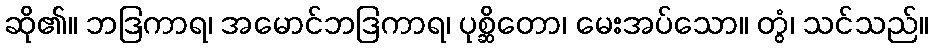
ဆို၏။ ဘဒြကာရ၊ အမောင်ဘဒြကာရ၊ ပုစ္ဆိတော၊ မေးအပ်သော။ တွံ၊ သင်သည်။